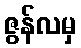
ဇွန်လမှ